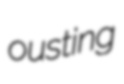
ousting